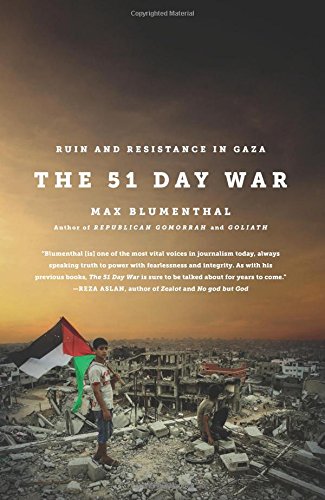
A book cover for The 51 Day War: Ruin and Resistance in Gaza; Max Blumenthal; History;